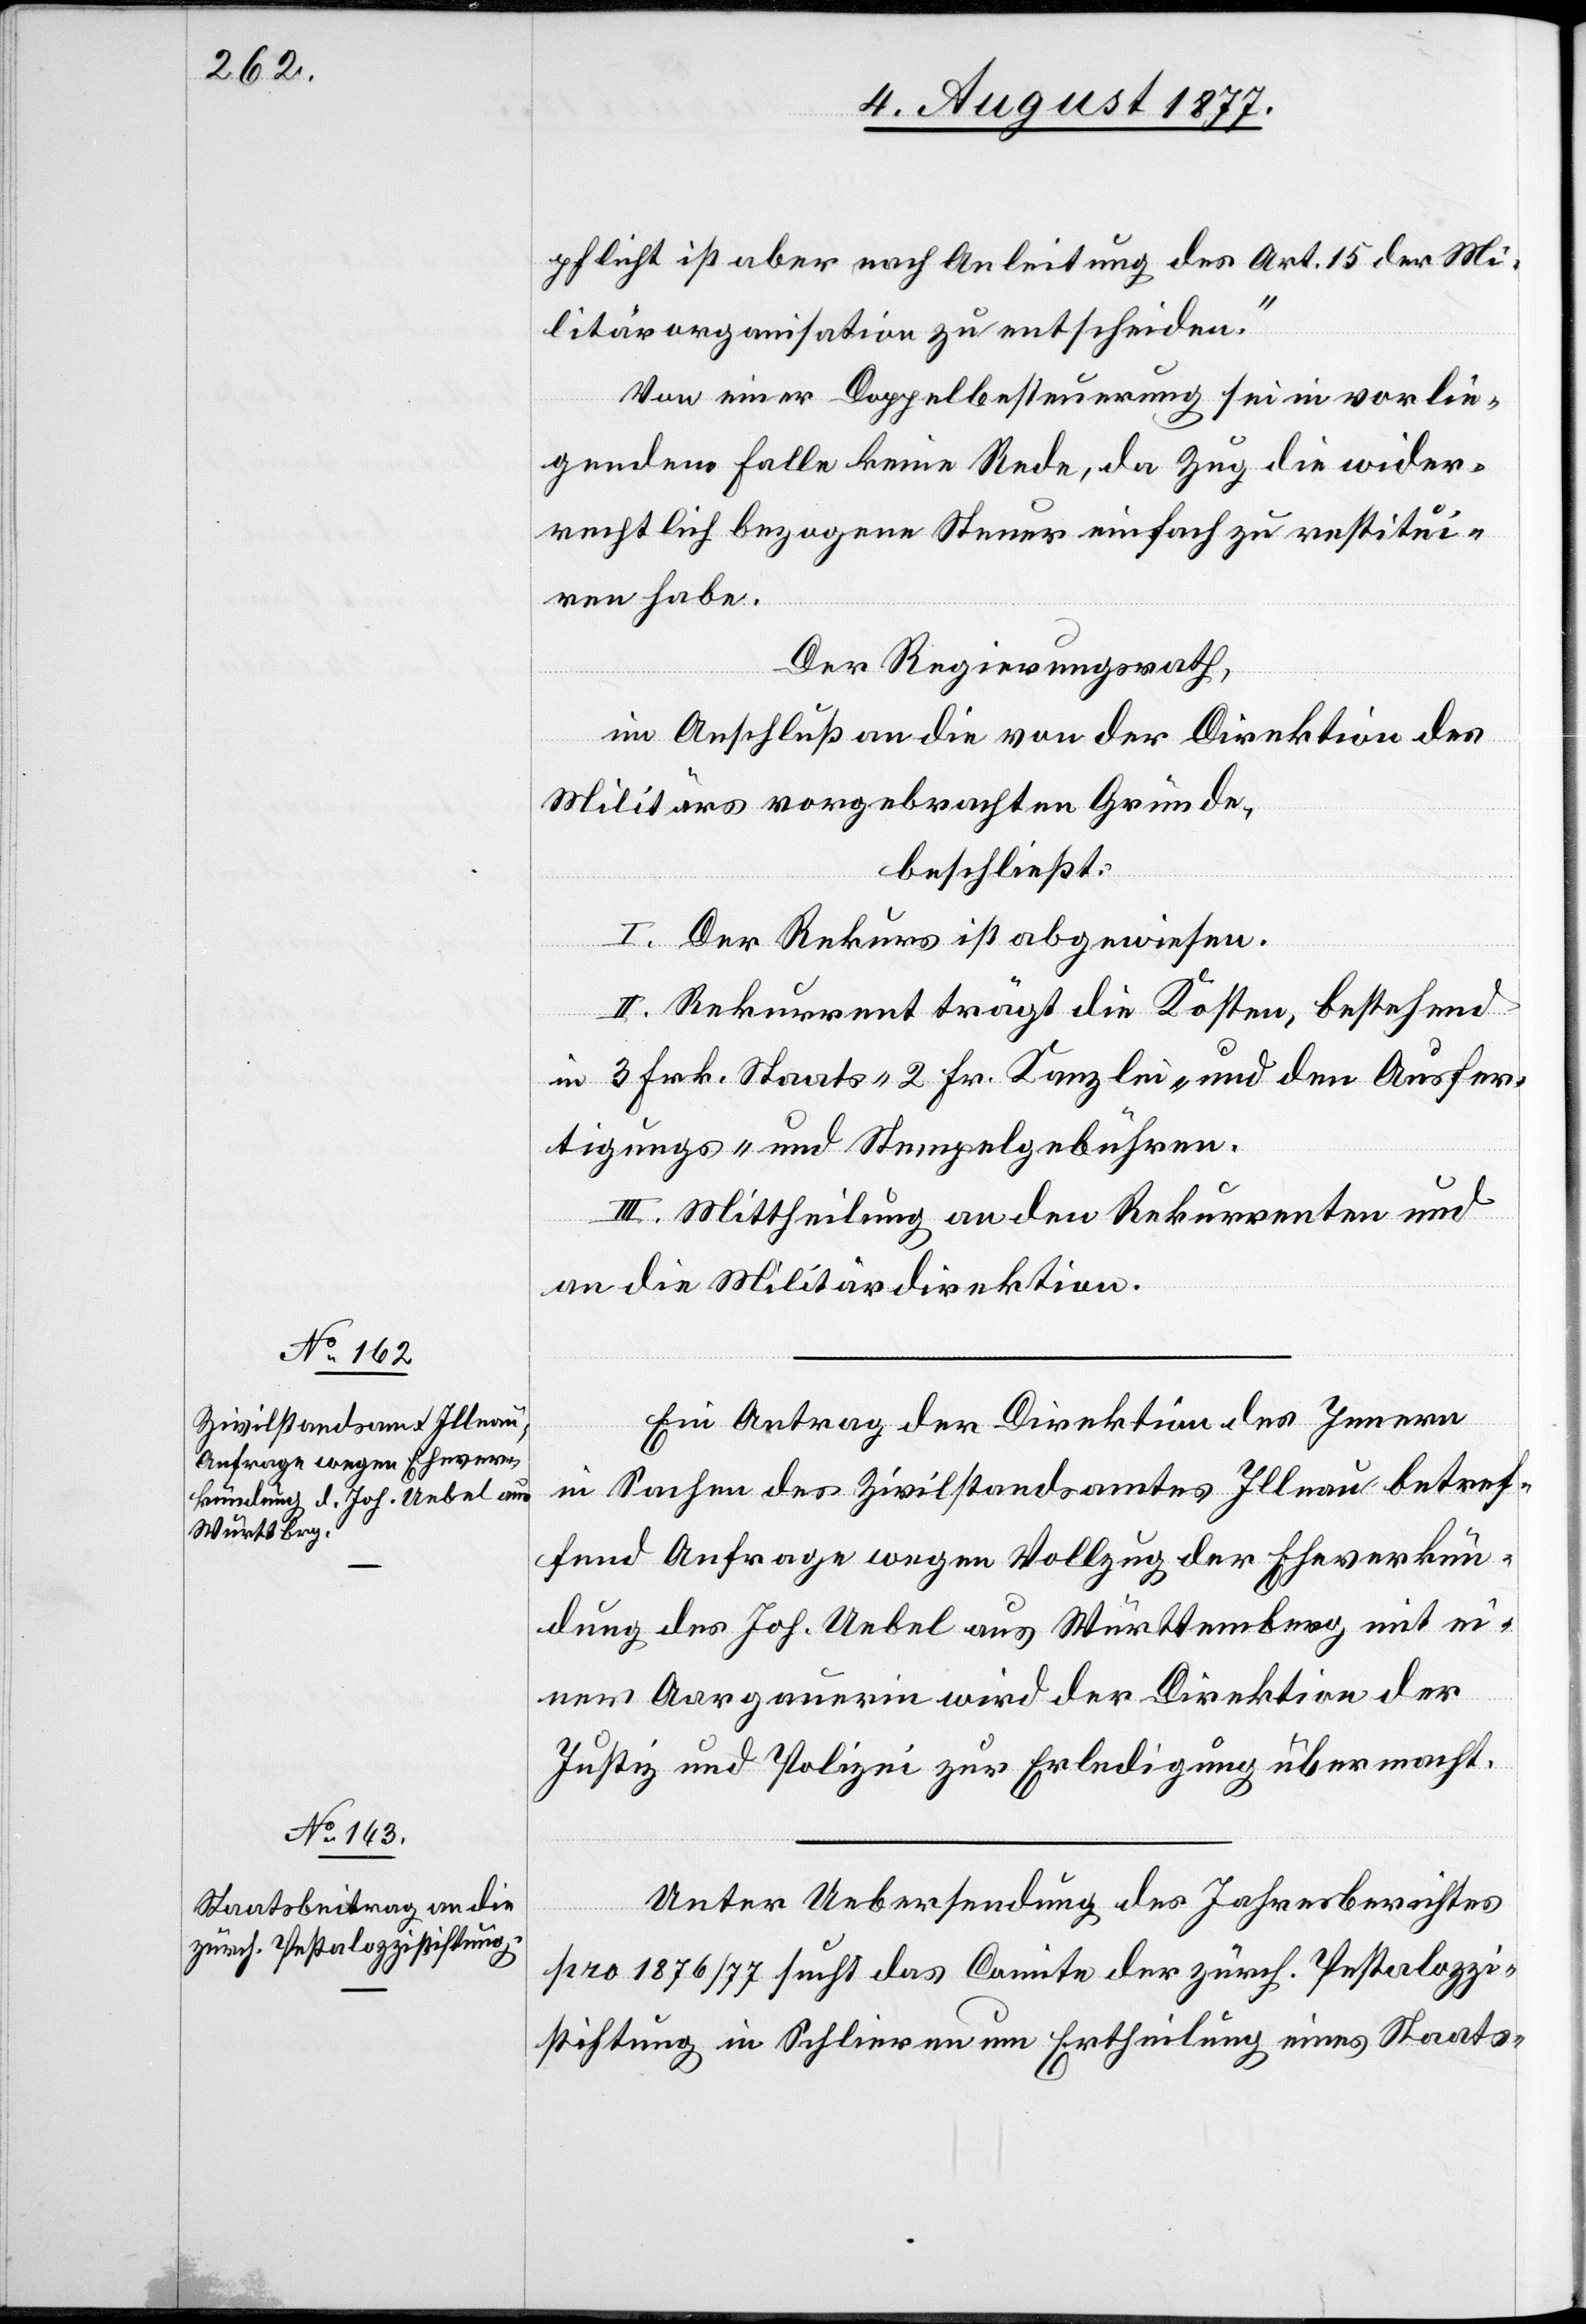
pflicht ist aber nach Anleitung des Art. 15 der Mi¬
litärorganisation zu entscheiden.“
Von einer Doppelbesteuerung sei in vorlie¬
gendem Falle keine Rede, da Zug die wider¬
rechtlich bezogene Steuer einfach zu restitui¬
ren habe.
Der Regierungsrath,
im Anschluß an die von der Direktion des
Militärs vorgebrachten Gründe,
beschließt:
I. Der Rekurs ist abgewiesen.
II. Rekurrent trägt die Kosten, bestehend
in 3 Frk. Staats-[,] 2 Fr. Kanzlei- und den Ausfer¬
tigungs- und Stempelgebühren.
III. Mittheilung an den Rekurrenten und
an die Militärdirektion.
Ein Antrag der Direktion des Innern
in Sachen des Zivilstandsamtes Illnau betref¬
fend Anfrage wegen Vollzug der Eheverkün¬
dung des Joh. Uebel aus Württemberg mit ei¬
ner Aargauerin wird der Direktion der
Justiz und Polizei zur Erledigung übermacht.
Unter Uebersendung des Jahresberichtes
pro 1876/77 sucht das Comite der zürch. Pestalozzi¬
stiftung in Schlieren um Ertheilung eines Staats-